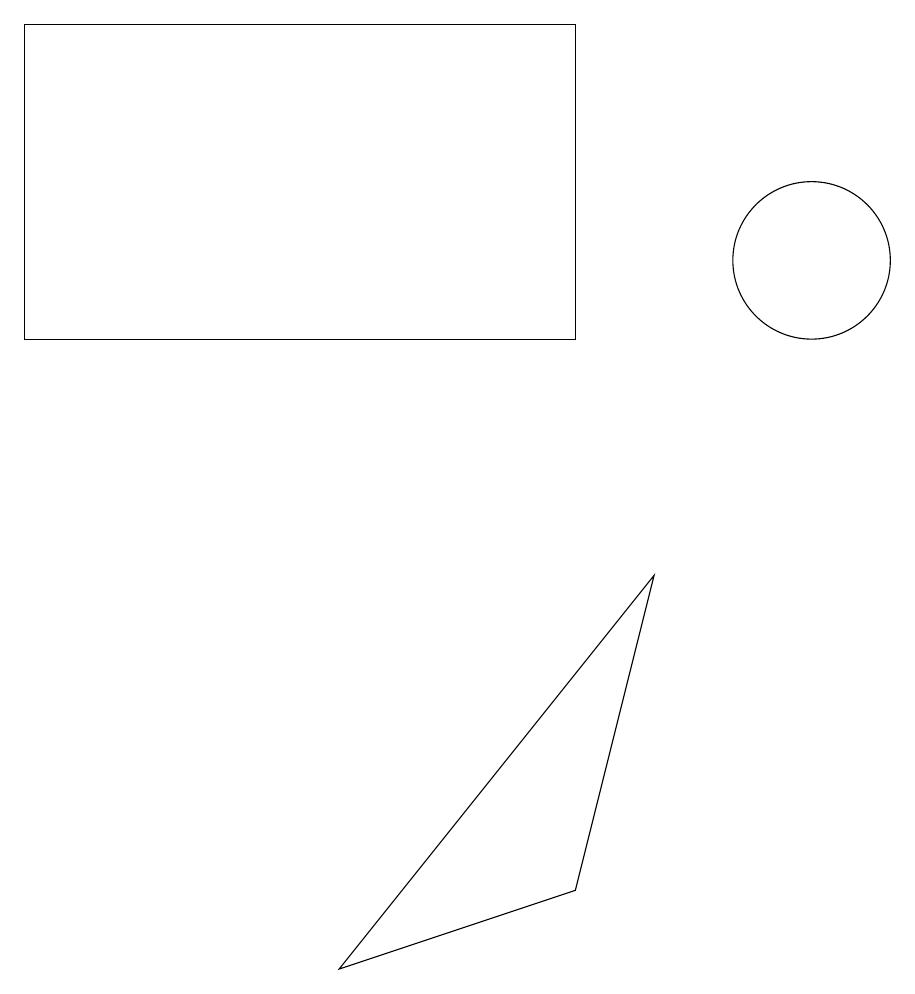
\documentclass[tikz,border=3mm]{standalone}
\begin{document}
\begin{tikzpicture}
\draw (11,11) circle (1);
\draw (8,14) rectangle (1,10);
\draw (8,3) -- (5,2) -- (9,7) -- cycle;
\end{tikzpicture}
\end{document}